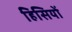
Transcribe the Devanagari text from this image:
हिसियों